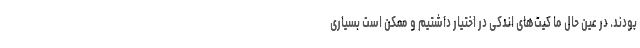
بودند. در عین حال ما کیت‌های اندکی در اختیار داشتیم و ممکن است بسیاری